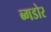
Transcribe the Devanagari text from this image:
ब्गडोर